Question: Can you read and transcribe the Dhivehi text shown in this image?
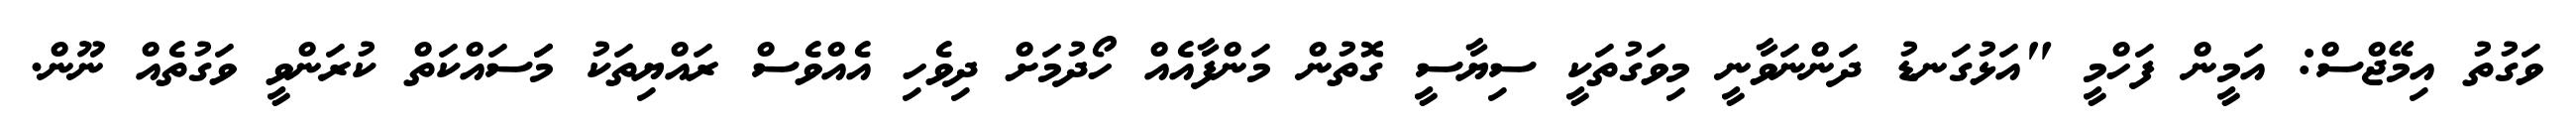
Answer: ވަގުތު އިމޭޖްސް: އަމީން ފަހްމީ "އަޅުގަނޑު ދަންނަވާނީ މިވަގުތަކީ ސިޔާސީ ގޮތުން މަންފާއެއް ހޯދުމަށް ދިވެހި އެއްވެސް ރައްޔިތަކު މަަސައްކަތް ކުރަންވީ ވަގުތެއް ނޫން.